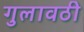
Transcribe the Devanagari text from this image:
गुलावठी